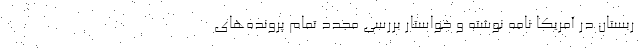
ربستان در آمریکا نامه نوشته و خواستار بررسی مجدد تمام پرونده‌های